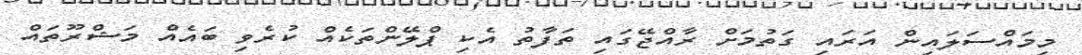
މިމައްސަލައިން އަރައި ގަތުމަށް ރާއްޖޭގައި ތަފާތު އެކި ޕްލޭންތަކެއް ކުރެވި ބައެއް މަޝްރޫތައް